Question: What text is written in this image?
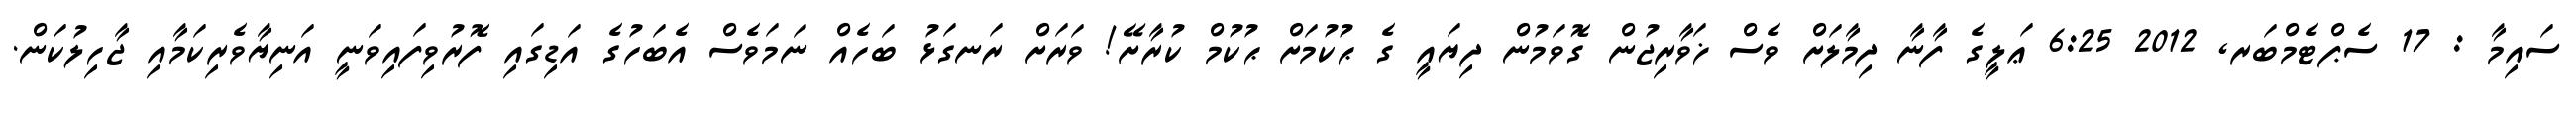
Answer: ސައިމާ : 17 ސެޕްޓެމްބަރ, 2012 6:25 ޢަލީގެ ފާނާ ދިމާލަށް ވެސް ޚަވާރިޖުން ގޮވަމުން ދިޔައީ ގެ ޙުކުމަށް ޙުކުމް ކުރާށޭ! ވަރަށް ރަނގަޅު ބަހެއް ނަމަވެސް އެބަހުގެ އަޑިގައި ފޮރުވިފައިވަނީ އަނިޔާވެރިކަމާއި ޖާހިލުކަން.